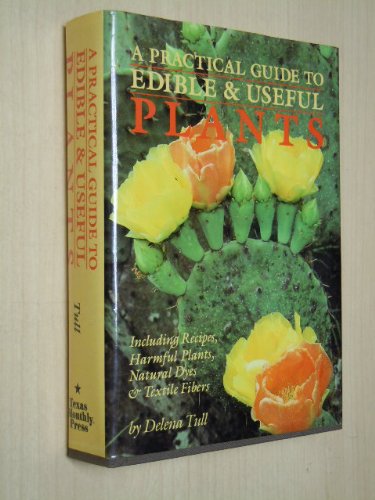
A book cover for A Practical Guide to Edible and Useful Plants: Including Recipes, Harmful Plants, Natural Dyes and Textile Fibers; Delena Tull; Crafts, Hobbies & Home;